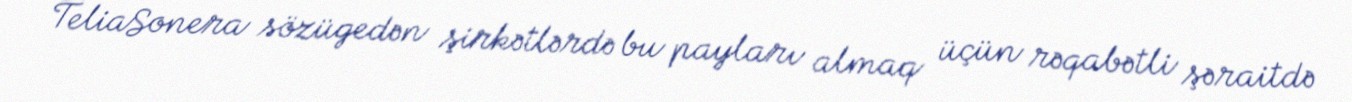
TeliaSonera sözügedən şirkətlərdə bu payları almaq üçün rəqabətli şəraitdə